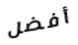
أفضل